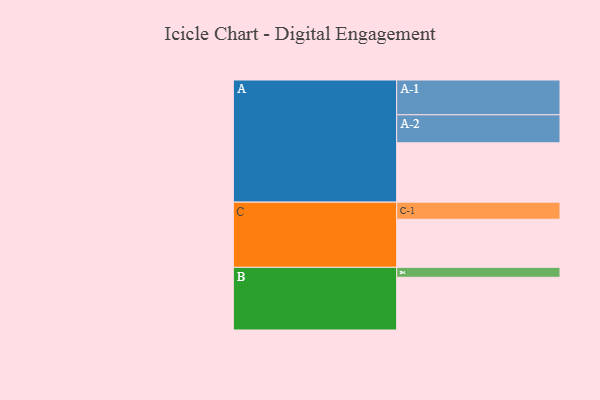
{"axis": {"x": "Segment", "y": "Value"}, "legend": ["", "A", "B", "C"], "data": [{"x": "A", "y": 447, "type": ""}, {"x": "B", "y": 397, "type": ""}, {"x": "C", "y": 362, "type": ""}, {"x": "A-1", "y": 262, "type": "A"}, {"x": "A-2", "y": 211, "type": "A"}, {"x": "B-1", "y": 75, "type": "B"}, {"x": "C-1", "y": 129, "type": "C"}]}